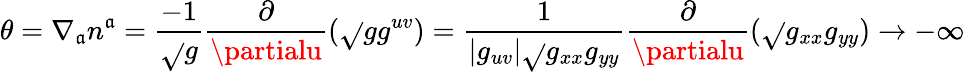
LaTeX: \theta=\nabla_{\mathfrak{a}}n^{\mathfrak{a}}={\frac{{-1}}{{\sqrt{}{{g}}}}}{\frac{{\partial}}{{\partialu}}}{(\sqrt{}{{g}}g^{uv})}={\frac{{1}}{{|g_{uv}|\sqrt{}{{g_{xx}g_{yy}}}}}}{\frac{{\partial}}{{\partialu}}}{(\sqrt{}{{g_{xx}g_{yy}}})}\to-\infty